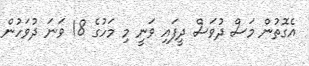
އެގޮތުން މަސް ދުވަސް ދީފައި ވަނީ މި މަހުގެ 18 ވަނަ ދުވަހުން